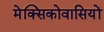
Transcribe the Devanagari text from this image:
मेक्सिकोवासियों